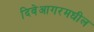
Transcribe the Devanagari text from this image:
दिवेआगरमधील